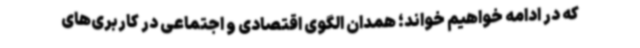
که در ادامه خواهیم خواند؛ همدان الگوی اقتصادی و اجتماعی در کاربری‌های